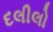
દલીલો